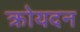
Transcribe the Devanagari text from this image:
क्रोयदन